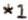
*1